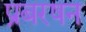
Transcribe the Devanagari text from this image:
प्रबरषन